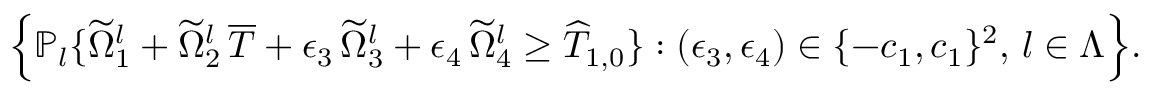
\Big \{ \mathbb { P } _ { l } \{ \widetilde { \Omega } _ { 1 } ^ { l } + \widetilde { \Omega } _ { 2 } ^ { l } \, \overline { { T } } + \epsilon _ { 3 } \, \widetilde { \Omega } _ { 3 } ^ { l } + \epsilon _ { 4 } \, \widetilde { \Omega } _ { 4 } ^ { l } \geq \widehat { T } _ { 1 , 0 } \} : ( \epsilon _ { 3 } , \epsilon _ { 4 } ) \in \{ - c _ { 1 } , c _ { 1 } \} ^ { 2 } , \, l \in \Lambda \Big \} .